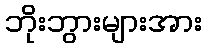
ဘိုးဘွားများအား